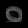
Digit: ၀